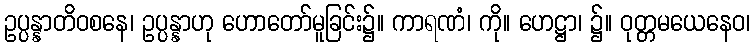
ဥပ္ပန္နာတိဝစနေ၊ ဥပ္ပန္နာဟု ဟောတော်မူခြင်း၌။ ကာရဏံ၊ ကို။ ဟေဋ္ဌာ၊ ၌။ ဝုတ္တမယေနေဝ၊